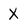
Character: X